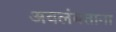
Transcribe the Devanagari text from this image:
अवलंबताना